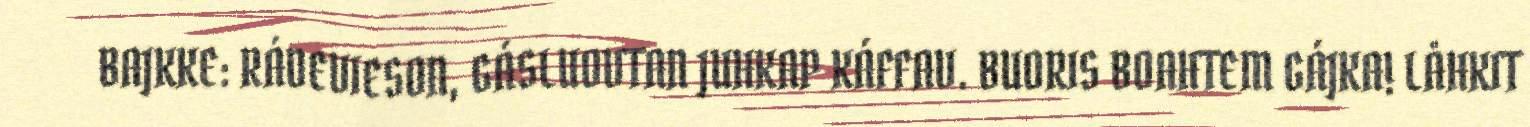
BAJKKE: RÁDEVIESON, GÁSLUOVTAN JUHKAP KÁFFAV. BUORIS BOAHTEM GÁJKA! LÅHKIT